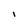
Character: I